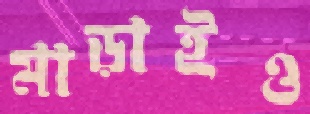
মাড়াইও